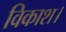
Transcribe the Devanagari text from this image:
विकाश।